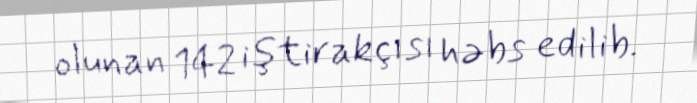
olunan 142 iştirakçısı həbs edilib.